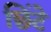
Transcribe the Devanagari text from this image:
छिंटे